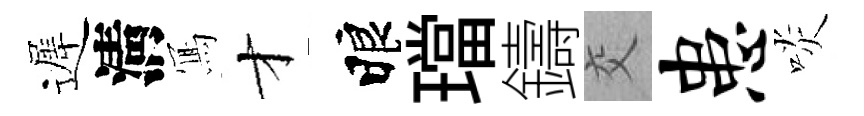
遲淸𭂁才睱璫鑄交患啖